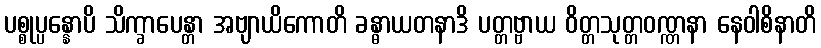
ပစ္စုပ္ပန္နောပိ သိက္ခာပေန္တာ အဗျာယိကောတိ ခန္ဓာယတနာဒိ ပတ္တဗ္ဗာယ ဝိတ္တသုတ္တဝဏ္ဏနာ နေဝါစိနာတိ